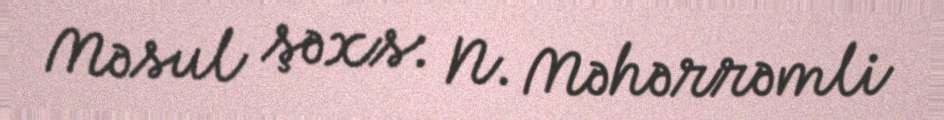
Məsul şəxs: N. Məhərrəmli